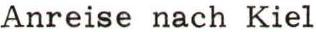
Anreise nach Kiel